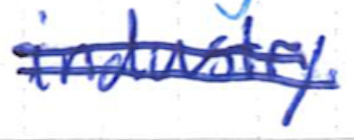
Text: industry.
Cross-out: mix
Writing tool: ballpoint